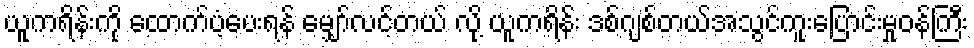
ယူကရိန်းကို ထောက်ပံ့ပေးရန် မျှော်လင့်တယ် လို့ ယူကရိန်း ဒစ်ဂျစ်တယ်အသွင်ကူးပြောင်းမှုဝန်ကြီး